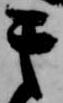
其